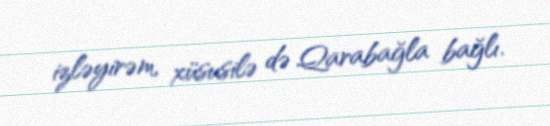
izləyirəm, xüsusilə də Qarabağla bağlı.